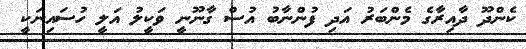
ކެންދޫ ދާއިރާގެ މެންބަރު އަދި ފުންނާބު އުސް ގާނޫނީ ވަކީލު އަލީ ހުސައިނަކީ